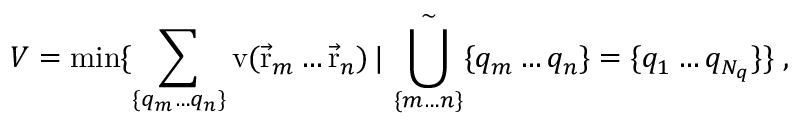
V = \operatorname * { m i n } \{ \sum _ { \{ q _ { m } \ldots q _ { n } \} } \mathrm { v } ( { \vec { \mathrm { r } } } _ { m } \ldots { \vec { \mathrm { r } } } _ { n } ) \, | \, \bigcup _ { \{ m \ldots n \} } ^ { \sim } \{ q _ { m } \ldots q _ { n } \} = \{ q _ { 1 } \ldots q _ { N _ { q } } \} \} \; ,